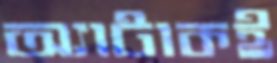
অ্যাটাকই